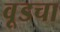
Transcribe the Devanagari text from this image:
वूडचा